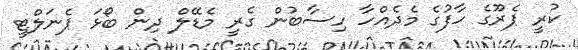
ކުރީ ޕެރޫގެ ހާފުގެ މެދެއްހާ ހިސާބުން ގެރީ މެޑޭލް ދިން ބޯޅަ ޕެނަލްޓީ